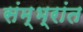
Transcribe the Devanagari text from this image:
संम्भ्रांत